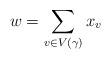
LaTeX: \begin{align*} w = \sum_{v \in V(\gamma)} x_v \end{align*}